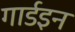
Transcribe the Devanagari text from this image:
गार्डइन